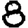
Digit: 8